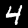
Label: 4